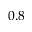
0 . 8